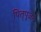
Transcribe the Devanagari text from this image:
पितृपूजन